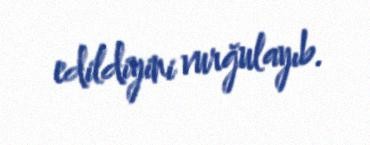
edildiyini vurğulayıb.